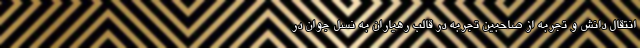
انتقال دانش و تجربه از صاحبین تجربه در قالب رهیاران به نسل جوان در